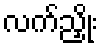
လက်ညှိုး